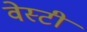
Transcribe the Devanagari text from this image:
वेस्टी